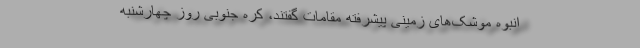
انبوه موشک‌های زمینی پیشرفته مقامات گفتند، کره جنوبی روز چهارشنبه